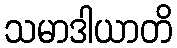
သမာဒါယာတိ